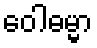
ဝေါဓမ္မာ